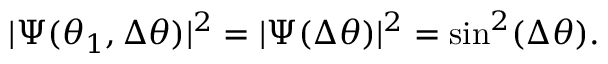
| \Psi ( \theta _ { 1 } , \Delta \theta ) | ^ { 2 } = | \Psi ( \Delta \theta ) | ^ { 2 } = \sin ^ { 2 } ( \Delta \theta ) .